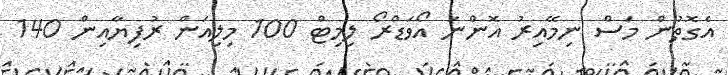
އެގޮތުން މަސް ނިމޭއިރު އޮންނަ އޯވަޑްރޯ ލިމިޓް 100 މިލިއަން ރުފިޔާއިން 140